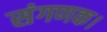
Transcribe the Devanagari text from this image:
संगणक।